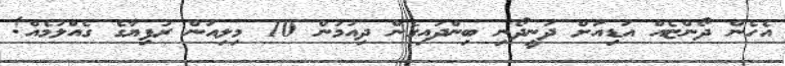
އެހެން ދޯންޏެއް އަޑިއަށް ދަނީދޯނި ބިންދައިގެން ދިއުމުން 10 މިލިއަން ރުފިޔާގެ ގެއްލުމެއް!